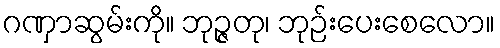
ဂဏှာဆွမ်းကို။ ဘုဉ္ဇတု၊ ဘုဉ်းပေးစေလော။